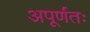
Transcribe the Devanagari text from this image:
अपूर्णतः